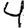
Digit: 4